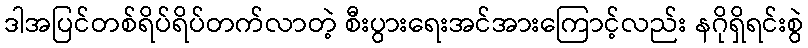
ဒါအပြင်တစ်ရိပ်ရိပ်တက်လာတဲ့ စီးပွားရေးအင်အားကြောင့်လည်း နဂိုရှိရင်းစွဲ